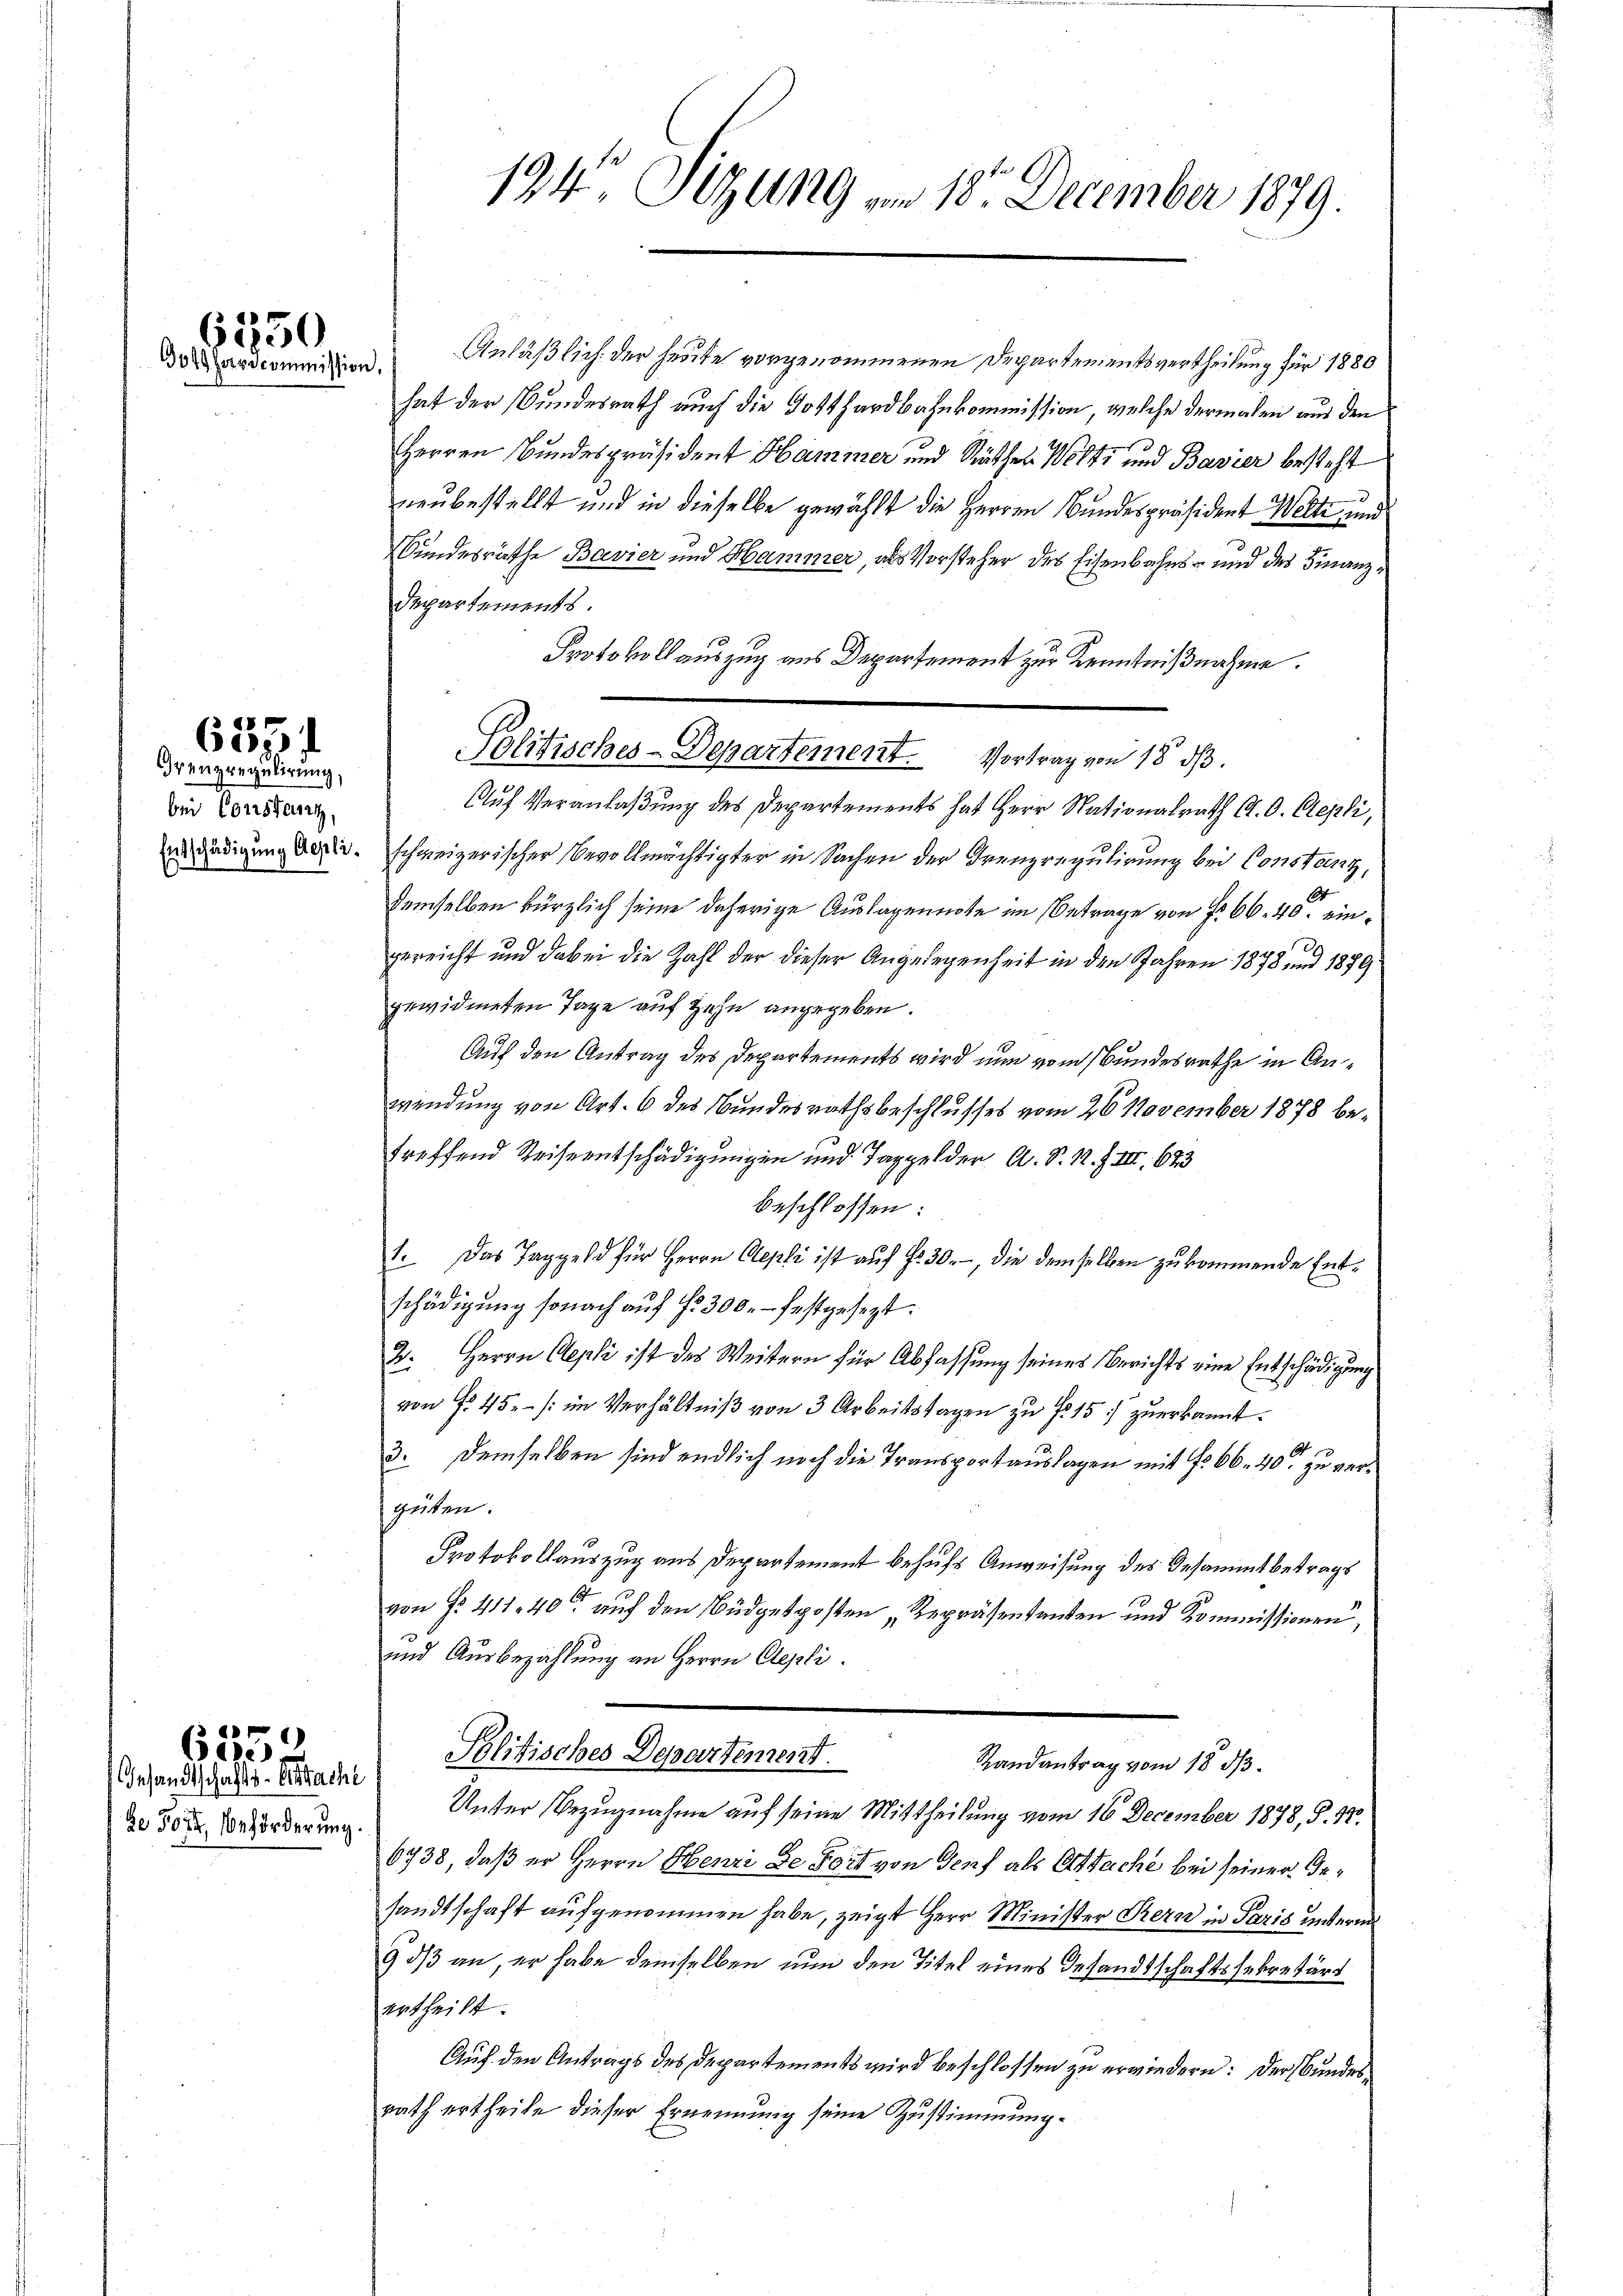
6550
Gothardcommission,

Grenzregulirung,
be Constanz,

8
607.

de 504. Beförderung.

)
625.
Gesandtschafts-Attacht

194. Sitzung vom 18. December 1879.

Anläßlich der heute vorgenommenen Departementsvertheilung für 1880
hat der Bundesrath auch die Gotthardbahnkommission, welche dermalen aus den
Herren Bundespräsident Hammer und Räther Welt und Bavier besteht
neubestellt und in dieselbe gewählt die Herren Bundespräsident Welte und
Bundesräthe Bavier und Hammer, als Vorsteher des Eisenbahns- und des Finanz¬
Departements
Protokoll auszug aus Departement zur Kenntnißnahme.
Solitisches-Departement. Vortrag von 18 d.
Auf Veranlaßung des Departements hat Herr Nationalrath G.O. Cepli,
nädigung des schweizerischer Bevollmächtigter in Sachen der Grenzregulirung bei Constanz,
O
demselben kürzlich seine daherige Auslagennote im Betrage von f. 66. 40. eingereicht und dabei die Zahl der dieser Angelegenheit in den Jahren 1878 und 1879
gewidmeten Tage auf Hein angegeben.
Auf den Antrag des Departements wird nun vom Bundesrathe in Anwendung von Art. 6 des Bundesrathsbeschlusses vom 26. November 1878 betreffend Reiseentschädigungen und Taggelder A. S. S. Z III 683
beschlossen:
1. Das Taggeld für Herrn Aepli ist auf §. 30.-, die demselben zukommende Entschädigung sonach auf §. 300. festgesezt.
2. Herrn Aepli ist des Weitern für Abfassung seines Berichts eine Entschädigung
von fl. 45. /: im Verhältniβ von 3 Arbeitstagen zu No 15. zuerkannt.
b
3. Demselben sind endlich noch die Transportauslagen mit fr. 66. 40. zu vergeiten.
Protokollauszug aus Departement behufs Anweisung des Gesammtbetrags
2
von Fr. 411. 40 auf den Büdgetposten „Repräsentanten und Kommissionen,
und Ausbezahlung an Herrn Aepli.
Politisches Departement.
Randantrag vom 18. ds.
Unter Bezugnahme auf seine Mittheilung vom 16. December 1878, S. 18.
6738, daß er Herrn Henri de Fort von Genf als Ortsache bei seiner Gesandtschaft aufgenommen habe, zeigt Herr Minister Kern in Paris unterm
9 dß an, er habe demselben nun den Titel eines Gesandtschaftssekretärs
ertheilt.
Auf den Antrags des Departements wird beschlossen zu erwiedern: Der Bundesrath ertheile dieser Ernennung seine Zustimmung.